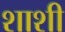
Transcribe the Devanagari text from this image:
शाशी